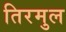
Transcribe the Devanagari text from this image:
तिरमुल